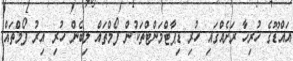
އައްޑޫގެ ހުރިހާ ރަށެއްގައި ހުރި ޑިޕާޓްމަންޓްތަކުން ފޯމްތައް ލިބެން ހުރި އިރު ފޯމްތައް